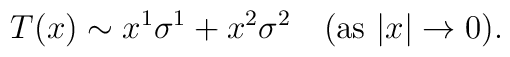
T(x) \sim x^1 \sigma^1 + x^2\sigma^2\quad(\mbox{as } |x|\rightarrow 0).